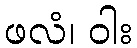
ဖလံ၊ ဝါး